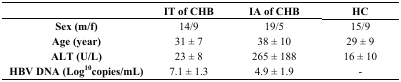
|  | IT of CHB | IA of CHB | HC |
 | --- | --- | --- | --- |
 | Sex (m/f) | 14/9 | 19/5 | 15/9 |
 | Age (year) | 31 ± 7 | 38 ± 10 | 29 ± 9 |
 | ALT (U/L) | 23 ± 8 | 265 ± 188 | 16 ± 10 |
 | HBV DNA (Log10copies/mL) | 7.1 ± 1.3 | 4.9 ± 1.9 | - |